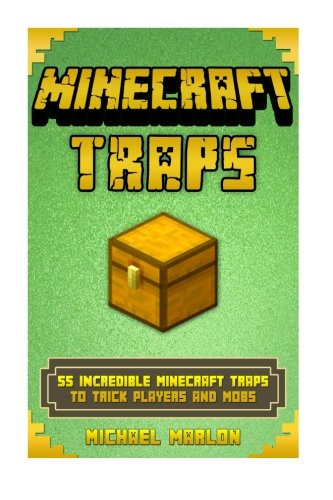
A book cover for Minecraft Traps: 55 INCREDIBLE Minecraft Traps to Trick Players and Mobs (With Pictures) (An Unnoficial Minecraft Traps Handbook) (minecraft traps, ... minecraft secrets, minecraft pocket edition); Michael Marlon; Humor & Entertainment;